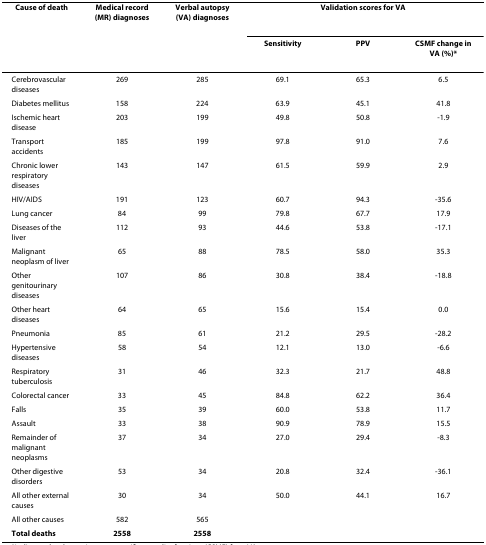
<table><thead><tr><td><b>Cause of death</b></td><td><b>Medical record (MR) diagnoses</b></td><td><b>Verbal autopsy (VA) diagnoses</b></td><td colspan="3"><b>Validation scores for VA</b></td></tr><tr><td></td><td></td><td></td><td><b>Sensitivity</b></td><td><b>PPV</b></td><td><b>CSMF change in VA (%)*</b></td></tr></thead><tbody><tr><td>Cerebrovascular diseases</td><td>269</td><td>285</td><td>69.1</td><td>65.3</td><td>6.5</td></tr><tr><td>Diabetes mellitus</td><td>158</td><td>224</td><td>63.9</td><td>45.1</td><td>41.8</td></tr><tr><td>Ischemic heart disease</td><td>203</td><td>199</td><td>49.8</td><td>50.8</td><td>-1.9</td></tr><tr><td>Transport accidents</td><td>185</td><td>199</td><td>97.8</td><td>91.0</td><td>7.6</td></tr><tr><td>Chronic lower respiratory diseases</td><td>143</td><td>147</td><td>61.5</td><td>59.9</td><td>2.9</td></tr><tr><td>HIV/AIDS</td><td>191</td><td>123</td><td>60.7</td><td>94.3</td><td>-35.6</td></tr><tr><td>Lung cancer</td><td>84</td><td>99</td><td>79.8</td><td>67.7</td><td>17.9</td></tr><tr><td>Diseases of the liver</td><td>112</td><td>93</td><td>44.6</td><td>53.8</td><td>-17.1</td></tr><tr><td>Malignant neoplasm of liver</td><td>65</td><td>88</td><td>78.5</td><td>58.0</td><td>35.3</td></tr><tr><td>Other genitourinary diseases</td><td>107</td><td>86</td><td>30.8</td><td>38.4</td><td>-18.8</td></tr><tr><td>Other heart diseases</td><td>64</td><td>65</td><td>15.6</td><td>15.4</td><td>0.0</td></tr><tr><td>Pneumonia</td><td>85</td><td>61</td><td>21.2</td><td>29.5</td><td>-28.2</td></tr><tr><td>Hypertensive diseases</td><td>58</td><td>54</td><td>12.1</td><td>13.0</td><td>-6.6</td></tr><tr><td>Respiratory tuberculosis</td><td>31</td><td>46</td><td>32.3</td><td>21.7</td><td>48.8</td></tr><tr><td>Colorectal cancer</td><td>33</td><td>45</td><td>84.8</td><td>62.2</td><td>36.4</td></tr><tr><td>Falls</td><td>35</td><td>39</td><td>60.0</td><td>53.8</td><td>11.7</td></tr><tr><td>Assault</td><td>33</td><td>38</td><td>90.9</td><td>78.9</td><td>15.5</td></tr><tr><td>Remainder of malignant neoplasms</td><td>37</td><td>34</td><td>27.0</td><td>29.4</td><td>-8.3</td></tr><tr><td>Other digestive disorders</td><td>53</td><td>34</td><td>20.8</td><td>32.4</td><td>-36.1</td></tr><tr><td>All other external causes</td><td>30</td><td>34</td><td>50.0</td><td>44.1</td><td>16.7</td></tr><tr><td>All other causes</td><td>582</td><td>565</td><td></td><td></td><td></td></tr><tr><td><b>Total deaths</b></td><td><b>2558</b></td><td><b>2558</b></td><td></td><td></td><td></td></tr></tbody></table>